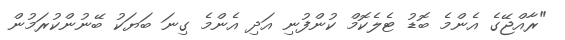
"ރާއްޖޭގެ އެންމެ ބޮޑު ޓެލެކޮމް ކުންފުނި އަދި އެންމެ ގިނަ ބަޔަކު ބޭނުންކުރަމުން